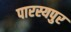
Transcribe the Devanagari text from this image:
पारस्यपुर